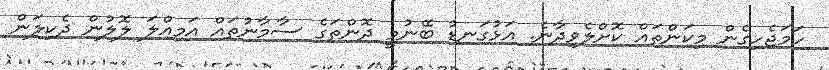
ހަމަޖެހިގެން މިކަންތައް ކޮށްލެވިދާނެ. އަޅުގަނޑު ބޭނުމީ ދޮންތަގެ ސާމާނުތައް އަމިއްލަ ލޮލުން ދެކިލަން